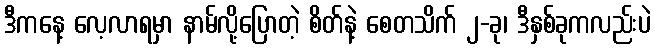
ဒီကနေ့ လေ့လာရမှာ နာမ်လို့ပြောတဲ့ စိတ်နဲ့ စေတသိက် ၂-ခု၊ ဒီနှစ်ခုကလည်းပဲ